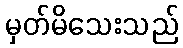
မှတ်မိသေးသည်